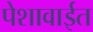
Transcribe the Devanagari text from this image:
पेशावाईत